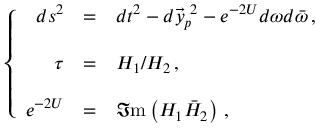
\left\{ \begin{array} { r c l } { { d s ^ { 2 } } } & { { = } } & { { d t ^ { 2 } - d \vec { y } _ { p } ^ { \ 2 } - e ^ { - 2 U } d \omega d \bar { \omega } \, , } } \\ { { } } & { { } } & { { } } \\ { { \tau } } & { { = } } & { { { \cal H } _ { 1 } / { \cal H } _ { 2 } \, , } } \\ { { } } & { { } } & { { } } \\ { { e ^ { - 2 U } } } & { { = } } & { { \Im \mathrm { m } \left( { \cal H } _ { 1 } \bar { \cal H } _ { 2 } \right) \, , } } \end{array} \right.